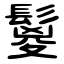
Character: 鬉